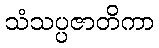
သံသပ္ပဇာတိကာ